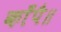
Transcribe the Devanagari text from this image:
काँपै॥